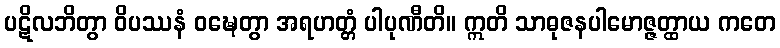
ပဋိလဘိတွာ ဝိပဿနံ ဝဍ္ဎေတွာ အရဟတ္တံ ပါပုဏီတိ။ ဣတိ သာဓုဇနပါမောဇ္ဇတ္ထာယ ကတေ